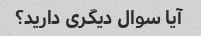
آیا سوال دیگری دارید؟